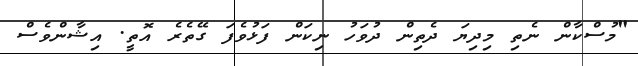
"މުސްކާން ނެތި މިދިޔަ ދެތިން ދުވަހު ނިކަން ފަޅުވެފަ ގޭތެރެ އޮތީ. އިޝާންވެސް